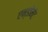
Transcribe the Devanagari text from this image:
एन्डोमेंट